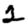
Digit: 2